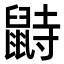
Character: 鼭